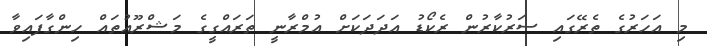
މި އަހަރުގެ ތެރޭގައި ސަރުކާރުން ރެކޯޑު އަދަދަކަށް އުމްރާނީ ތަރައްގީގެ މަޝްރޫއުތައް ހިންގާފައިވާ